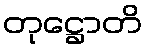
တုဋ္ဌောတိ